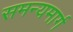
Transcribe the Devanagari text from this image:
समन्यमार्ग